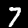
Label: 7